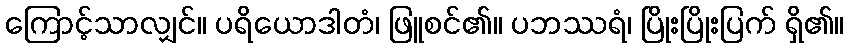
ကြောင့်သာလျှင်။ ပရိယောဒါတံ၊ ဖြူစင်၏။ ပဘဿရံ၊ ပြိုးပြိုးပြက် ရှိ၏။